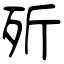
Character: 歽